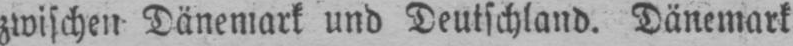
zwischen Dänemark und Deutschland. Dänemark